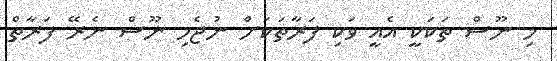
މި ނޫސް ތަކަކީ އެއީ ވަކި ފަރާތަކަށް ނުޖެހި ނޫސް ނެރޭ ފަރާތް